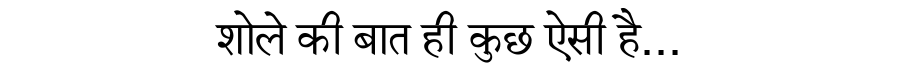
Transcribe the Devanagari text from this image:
शोले की बात ही कुछ ऐसी है...